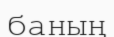
баның